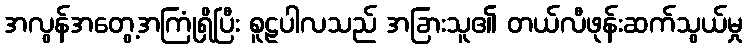
အလွန်အတွေ့အကြုံရှိပြီး စူဠပါလသည် အခြားသူ၏ တယ်လီဖုန်းဆက်သွယ်မှု